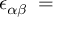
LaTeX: \boldsymbol { \epsilon } _ { \alpha \beta } \: = \: